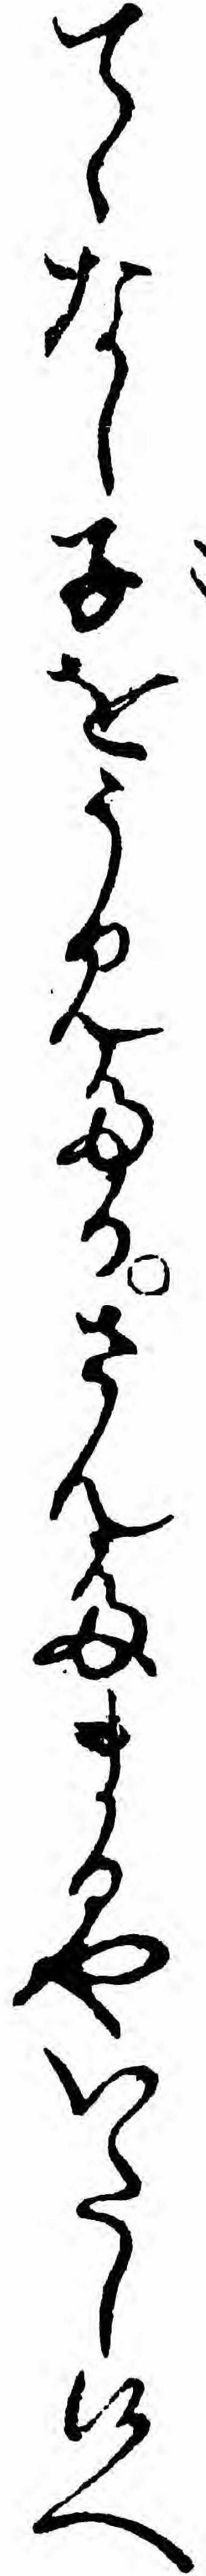
てゝなし子をうみたるさんたまるやいたし候へ